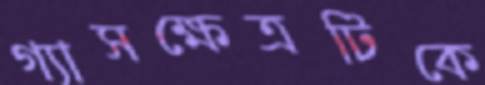
গ্যাসক্ষেত্রটিকে